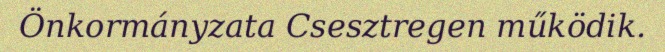
Önkormányzata Csesztregen működik.